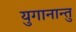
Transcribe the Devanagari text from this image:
युगानान्तु